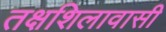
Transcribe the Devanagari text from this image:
तक्षशिलावासी